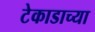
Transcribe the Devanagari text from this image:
टेकाडाच्या